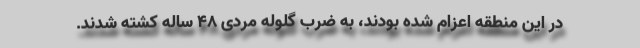
در این منطقه اعزام شده بودند، به ضرب گلوله مردی ۴۸ ساله کشته شدند.